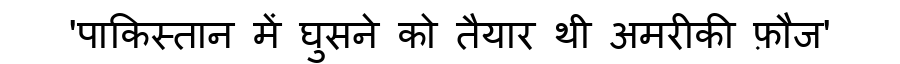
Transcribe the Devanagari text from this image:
'पाकिस्तान में घुसने को तैयार थी अमरीकी फ़ौज'